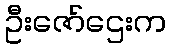
ဦးဇော်ဌေးက